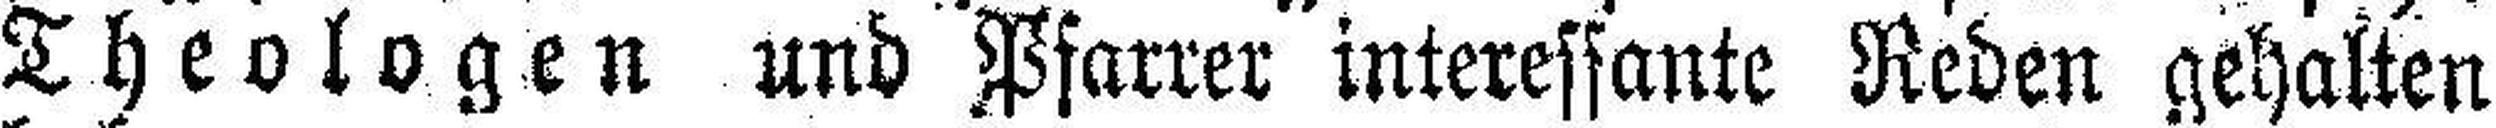
Theologen und Pfarrer interessante Reden gehalten